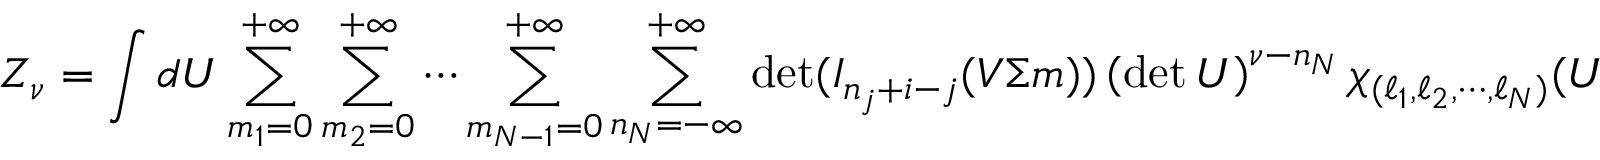
Z _ { \nu } = \int d U \sum _ { m _ { 1 } = 0 } ^ { + \infty } \sum _ { m _ { 2 } = 0 } ^ { + \infty } \cdots \sum _ { m _ { N - 1 } = 0 } ^ { + \infty } \sum _ { n _ { N } = - \infty } ^ { + \infty } \operatorname * { d e t } ( I _ { n _ { j } + i - j } ( V \Sigma m ) ) \left( \operatorname * { d e t } U \right) ^ { \nu - n _ { N } } \chi _ { ( \ell _ { 1 } , \ell _ { 2 } , \cdots , \ell _ { N } ) } ( U ^ { \dagger } ) ,